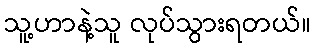
သူ့ဟာနဲ့သူ လုပ်သွားရတယ်။